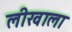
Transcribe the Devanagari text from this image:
लीखाला